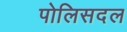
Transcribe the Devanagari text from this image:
पोलिसदल